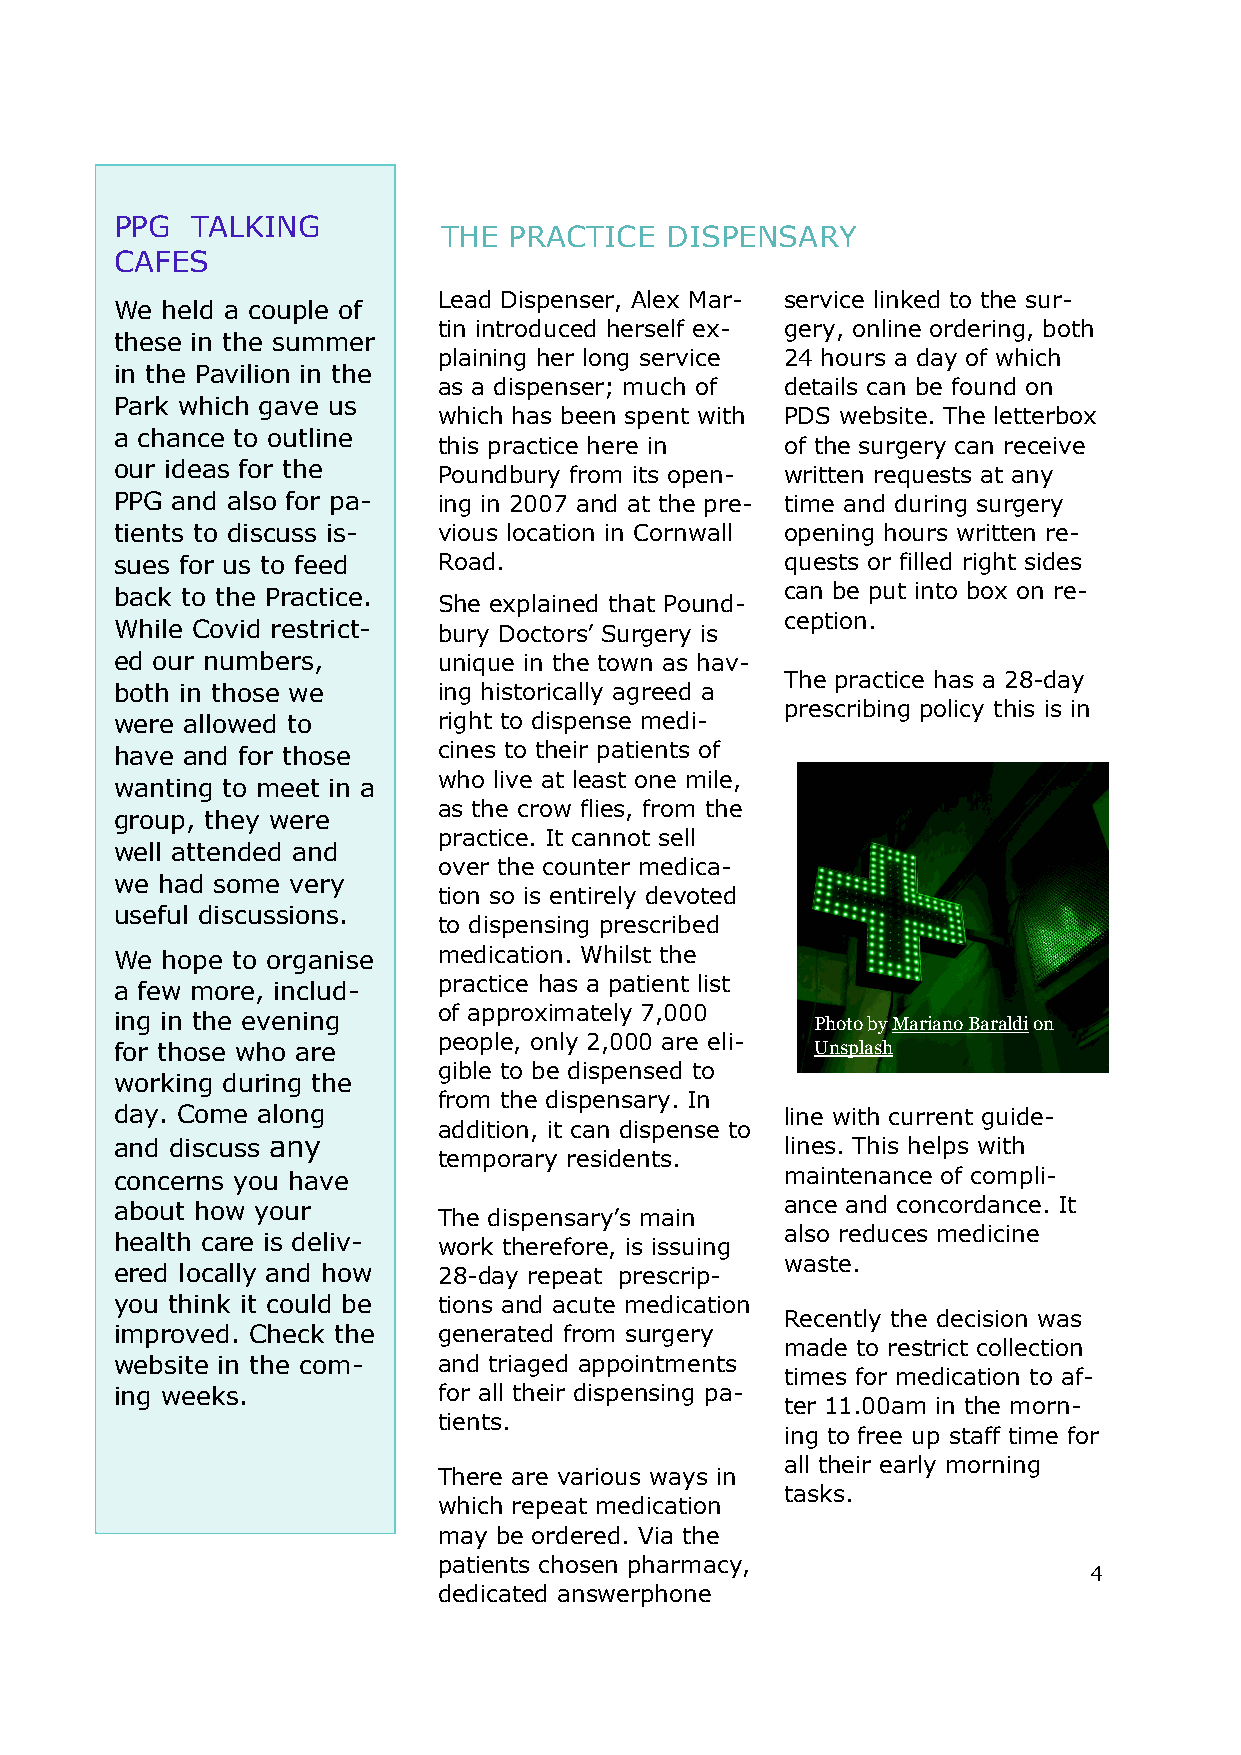
PPG  TALKING
 THE  PRACTICE  DISPENSARY
 CAFES
 Lead Dispenser, Alex Mar- service linked to the sur-
 We held a couple of
 tin introduced herself ex- gery, online ordering, both
 these in the summer
 plaining her long service 24 hours a day of which
 in the Pavilion in the
 as a dispenser; much of details can be found on
 Park which gave us
 which has been spent with PDS website. The letterbox
 a chance to outline
 this practice here in  of the surgery can receive
 our ideas for the    Poundbury from its open- written requests at any
 PPG and also for pa- ing in 2007 and at the pre- time and during surgery
 tients to discuss is- vious location in Cornwall opening hours written re-
 sues for us to feed  Road.                  quests or filled right sides
 back to the Practice.                       can be put into box on re-
 She explained that Pound-
 ception.
 While Covid restrict- bury Doctors’ Surgery is
 ed our numbers,      unique in the town as hav-
 -
 The practice has a 28 day
 both in those we     ing historically agreed a
 prescribing policy this is in
 were allowed to      right to dispense medi-
 have and for those   cines to their patients of
 who live at least one mile,
 wanting to meet in a
 as the crow flies, from the
 group, they were
 practice. It cannot sell
 well attended and
 over the counter medica-
 we had some very
 tion so is entirely devoted
 useful discussions.
 to dispensing prescribed
 We hope to organise  medication. Whilst the
 practice has a patient list
 a few more, includ-
 of approximately 7,000
 ing in the evening                            Photo by Mariano Baraldi on
 for those who are
 people, only 2,000 are eli-
 Unsplash
 gible to be dispensed to
 working during the
 from the dispensary. In
 day. Come along                             line with current guide-
 addition, it can dispense to
 and discuss any                             lines. This helps with
 temporary residents.
 concerns you have                           maintenance of compli-
 about how your                              ance and concordance. It
 The dispensary’s main
 also reduces medicine
 health care is deliv- work therefore, is issuing
 ered locally and how 28- day repeat prescrip- waste.
 you think it could be tions and acute medication
 Recently the decision was
 improved. Check the  generated from surgery
 made to restrict collection
 website in the com-  and triaged appointments
 times for medication to af-
 ing weeks.           for all their dispensing pa-
 ter 11.00am in the morn-
 tients.
 ing to free up staff time for
 all their early morning
 There are various ways in
 tasks.
 which repeat medication
 may be ordered. Via the
 patients chosen pharmacy,                  4
 dedicated answerphone